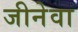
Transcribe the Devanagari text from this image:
जीनेवा